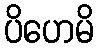
ပိဟေမိ